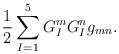
\begin{align*}\frac{1}{2}\sum_{I=1}^5 G_I^m G_I^n g_{mn} .\end{align*}